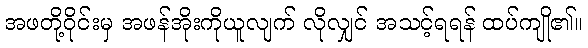
အဖတို့ဝိုင်းမှ အဖန်အိုးကိုယူလျက် လိုလျှင် အသင့်ရရန် ထပ်ကျို၏။